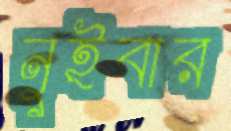
নুইবার